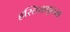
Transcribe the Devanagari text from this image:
हस्तिनापूरच्या